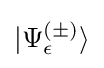
|\Psi _{\epsilon }^{(\pm )}\rangle